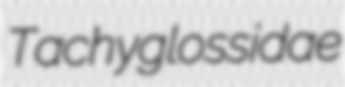
Tachyglossidae